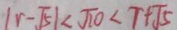
\vert r - \sqrt { 5 } \vert < \sqrt { 1 0 } < r + \sqrt { 5 }